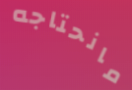
مانحتاجه